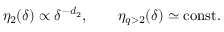
\eta _ { 2 } ( \delta ) \propto \delta ^ { - d _ { 2 } } , \qquad \eta _ { q > 2 } ( \delta ) \simeq \mathrm { c o n s t } .